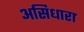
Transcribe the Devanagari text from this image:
असिधारा